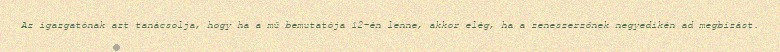
Az igazgatónak azt tanácsolja, hogy ha a mű bemutatója 12-én lenne, akkor elég, ha a zeneszerzőnek negyedikén ad megbízást.